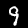
Label: 9